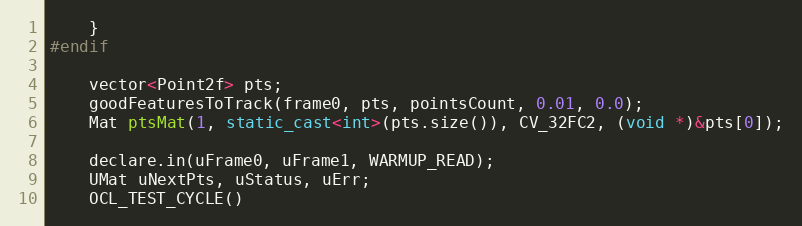
Language: C++
    }
#endif

    vector<Point2f> pts;
    goodFeaturesToTrack(frame0, pts, pointsCount, 0.01, 0.0);
    Mat ptsMat(1, static_cast<int>(pts.size()), CV_32FC2, (void *)&pts[0]);

    declare.in(uFrame0, uFrame1, WARMUP_READ);
    UMat uNextPts, uStatus, uErr;
    OCL_TEST_CYCLE()